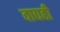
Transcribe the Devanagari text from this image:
वाद्यही